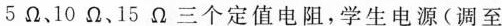
5Ω、10Ω、15Ω三个定值电阻，学生电源(调至